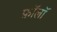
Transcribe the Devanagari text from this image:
फ़ॉलॉ